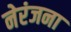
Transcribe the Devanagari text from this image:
नेरंजना